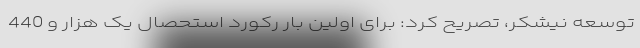
توسعه نیشکر، تصریح کرد: برای اولین بار رکورد استحصال یک هزار و 440